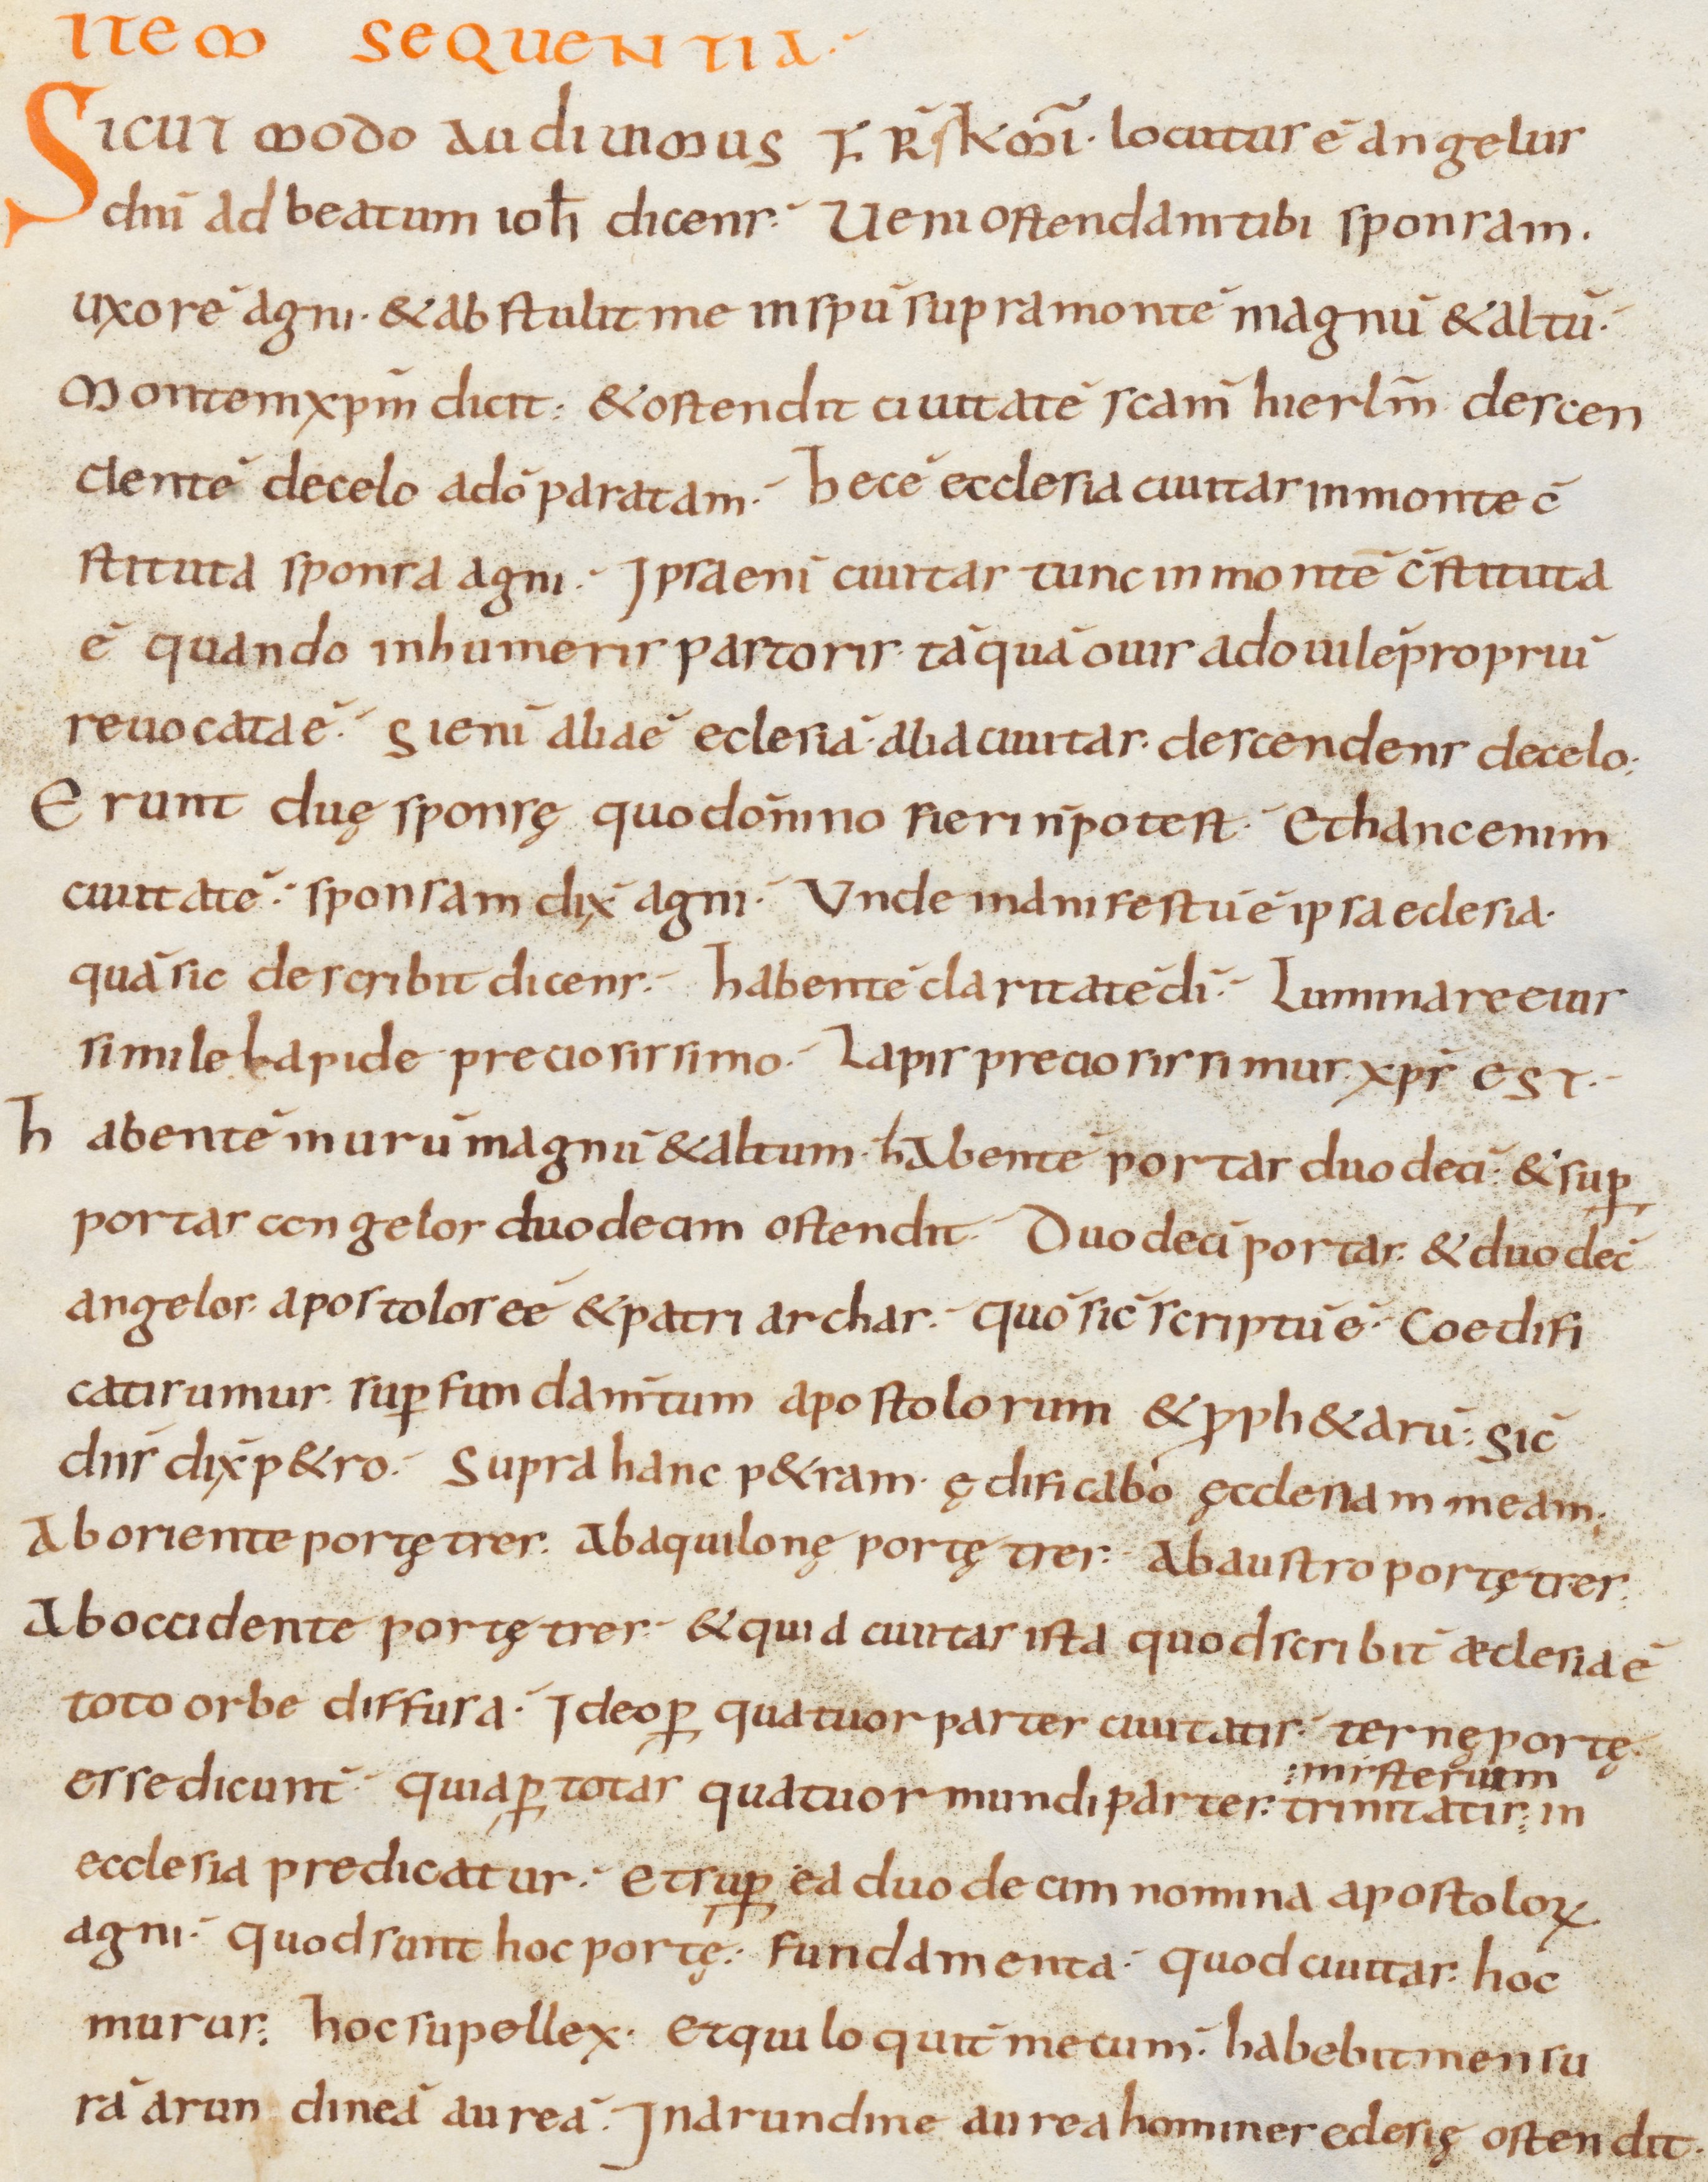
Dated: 800–899